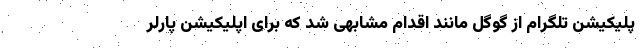
پلیکیشن تلگرام از گوگل مانند اقدام مشابهی شد که برای اپلیکیشن پارلر